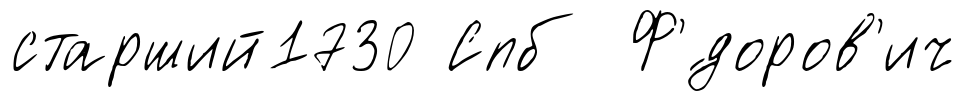
старший1730 Спб Ф'́доров'ич